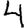
Digit: 4